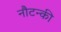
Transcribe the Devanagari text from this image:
नौटन्की